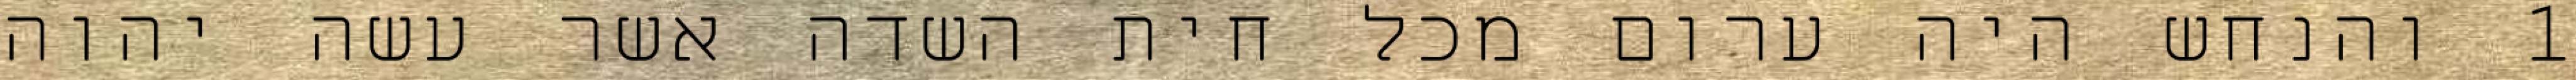
1 והנחש היה ערום מכל חית השדה אשר עשה יהוה